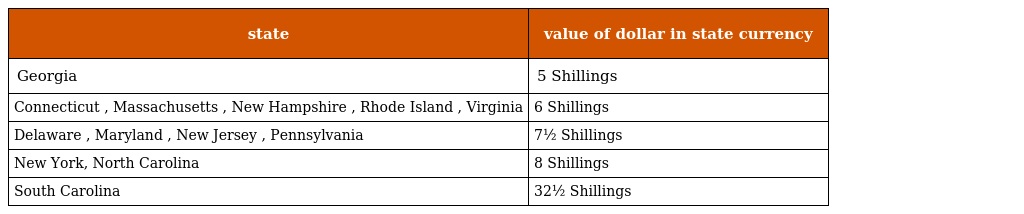
| state | value of dollar in state currency |
 | --- | --- |
 | Georgia | 5 Shillings |
 | Connecticut , Massachusetts , New Hampshire , Rhode Island , Virginia | 6 Shillings |
 | Delaware , Maryland , New Jersey , Pennsylvania | 7½ Shillings |
 | New York, North Carolina | 8 Shillings |
 | South Carolina | 32½ Shillings |